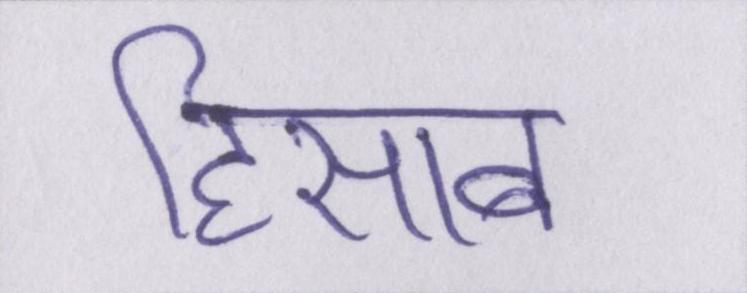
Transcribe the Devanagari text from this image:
हिसाब